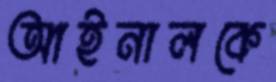
আইনালকে